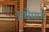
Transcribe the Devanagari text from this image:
प्रथेमागे